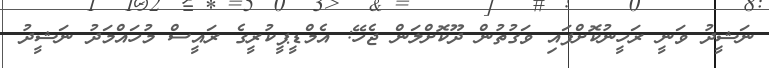
ނަޝީދު ވަނީ ރަހީނުކޮށްފައި ވަގުތުން ދޫކޮށްލަން ޖެހޭ: އެމްޑީޕީކުރީގެ ރައީސް މުހައްމަދު ނަޝީދު